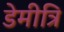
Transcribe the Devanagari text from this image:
डेमीत्रि